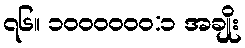
၇၆။ ၁၀၀၀၀၀၀:၁ အချိုး